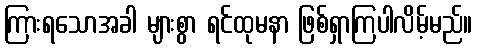
ကြားရသောအခါ များစွာ ရင်ထုမနာ ဖြစ်ရှာကြပါလိမ့်မည်။